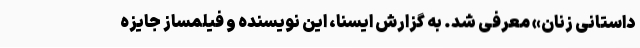
داستانی زنان» معرفی شد. به گزارش ایسنا، این نویسنده و فیلمساز جایزه